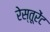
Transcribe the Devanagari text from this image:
रेस्तूरेंट